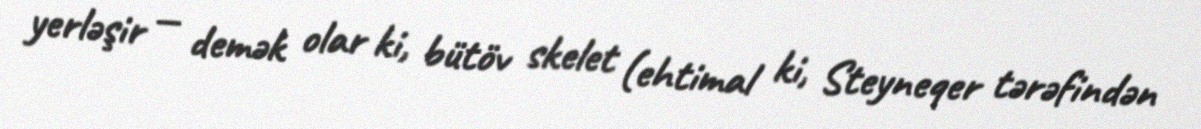
yerləşir — demək olar ki, bütöv skelet (ehtimal ki, Steyneqer tərəfindən